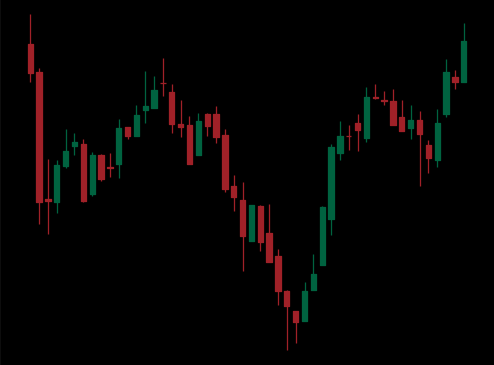
Pattern: inverse_head_shoulders